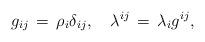
LaTeX: \begin{align*}g_{ij}\,=\,\rho_{i}\delta_{ij},\quad \lambda^{ij}\,=\,\lambda_{i}g^{ij},\end{align*}